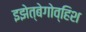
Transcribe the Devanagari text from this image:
इझेत्बेगोव्हिश